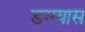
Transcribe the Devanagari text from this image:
डग्ग्यास